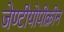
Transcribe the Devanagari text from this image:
जेण्टीयोपीक्रीन